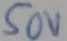
Text: 50V